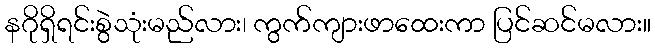
နဂိုရှိရင်းစွဲသုံးမည်လား၊ ကွက်ကျားဖာထေးကာ ပြင်ဆင်မလား။